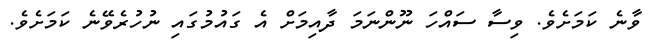
ވާނެ ކަމަށެވެ. ވިސާ ސައްހަ ނޫންނަމަ ދާއިމަށް އެ ގައުމުގައި ނުހުރެވޭނެ ކަމަށެވެ.